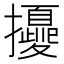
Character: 𢹎